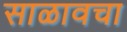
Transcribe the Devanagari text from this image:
साळावचा